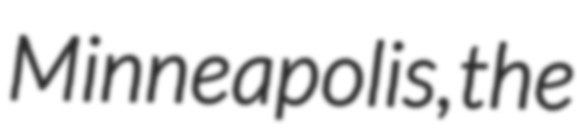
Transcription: Minneapolis, the